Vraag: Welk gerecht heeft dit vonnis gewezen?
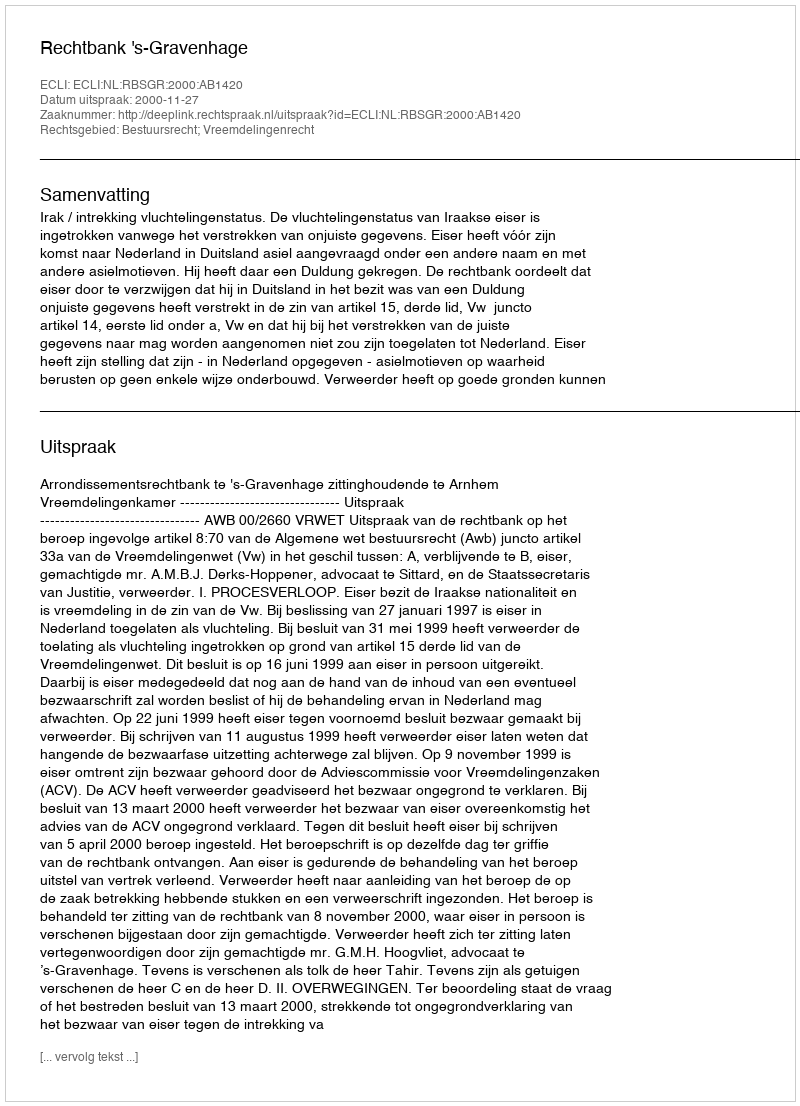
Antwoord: Rechtbank 's-Gravenhage